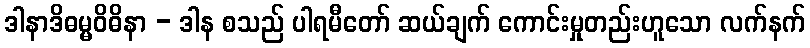
ဒါနာဒိဓမ္မဝိဓိနာ - ဒါန စသည် ပါရမီတော် ဆယ်ချက် ကောင်းမှုတည်းဟူသော လက်နက်